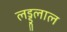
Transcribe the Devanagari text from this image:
लड्डूलाल